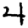
Digit: 4